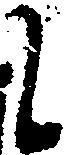
も